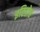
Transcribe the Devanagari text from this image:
इटिडोह